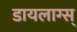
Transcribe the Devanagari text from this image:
डायलाग्स्